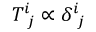
T _ { \, \, \, j } ^ { i } \propto \delta _ { \, \, \, j } ^ { i }